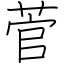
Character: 菅